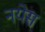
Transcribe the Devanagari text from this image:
नयेस